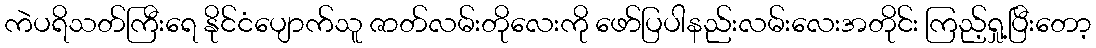
ကဲပရိသတ်ကြီးရေ နိုင်ငံပျောက်သူ ဇာတ်လမ်းတိုလေးကို ဖော်ပြပါနည်းလမ်းလေးအတိုင်း ကြည့်ရှု့ပြီးတော့